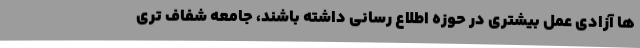
ها آزادی عمل بیشتری در حوزه اطلاع رسانی داشته باشند، جامعه شفاف تری